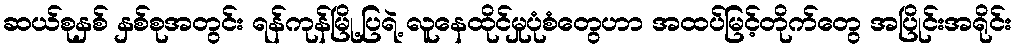
ဆယ်စုနှစ် နှစ်စုအတွင်း ရန်ကုန်မြို့ပြရဲ့ လူနေထိုင်မှုပုံစံတွေဟာ အထပ်မြင့်တိုက်တွေ အပြိုင်းအရိုင်း